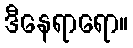
ဒီနေရာရော။